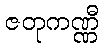
ဇတုကဏ္ဏီ